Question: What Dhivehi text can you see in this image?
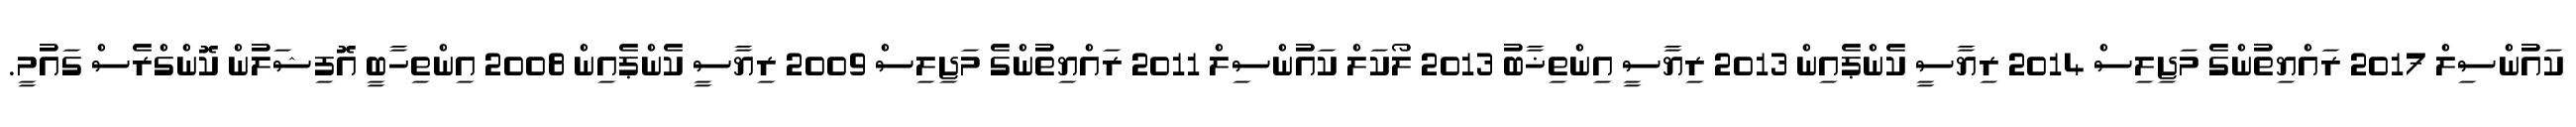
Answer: ކައުންސިލް 2017 ރައްޔިތުންގެ މަޖިލިސް 2014 ރިޔާސީ ކެންޕެއިން 2013 ރިޔާސީ އިންތިޚާބު 2013 ލޯކަލް ކައުންސިލް 2011 ރައްޔިތުންގެ މަޖިލިސް 2009 ރިޔާސީ ކެންޕެއިން 2008 އިންތިހާބީ އޮފިޝަލުން ކޮންގްރެސް ގައުމީ.